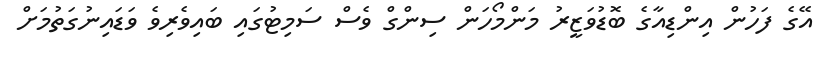
އޭގެ ފަހުން އިންޑިއާގެ ބޮޑުވަޒީރު މަންމޯހަން ސިންގް ވެސް ސަމިޓުގައި ބައިވެރިވެ ވަޑައިނުގަތުމަށް